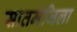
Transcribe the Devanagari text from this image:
सातमंजिला